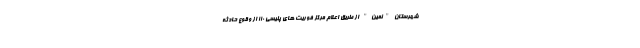
شهرستان "نمین" از طریق اعلام مرکز فوریت های پلیسی ۱۱۰ از وقوع حادثه